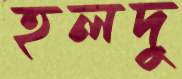
হলদু